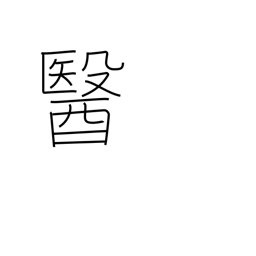
Meaning: medicine